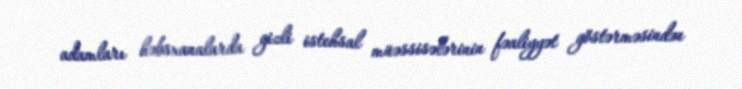
adamları həbsxanalarda gizli istehsal müəssisələrinin fəaliyyət göstərməsindən